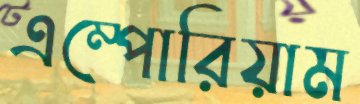
এম্পোরিয়াম